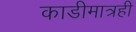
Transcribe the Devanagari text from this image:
काडीमात्रही